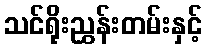
သင်ရိုးညွှန်းတမ်းနှင့်